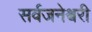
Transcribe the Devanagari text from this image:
सर्वजनेश्वरी